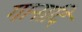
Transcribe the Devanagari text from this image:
गानादि